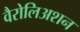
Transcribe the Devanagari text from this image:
वैरोलिअशन